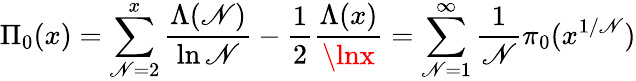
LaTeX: \Pi_{0}(x)=\sum_{\mathscr{N}=2}^{x}{\frac{{\Lambda(\mathscr{N})}}{{\ln\mathscr{N}}}}-{\frac{{1}}{{2}}}{\frac{{\Lambda(x)}}{{\lnx}}}=\sum_{\mathscr{N}=1}^{\infty}{\frac{{1}}{{\mathscr{N}}}}\pi_{0}(x^{1/\mathscr{N}})